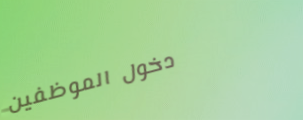
دخول الموظفين